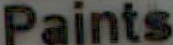
Paints